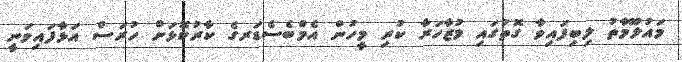
މައުލޫމާތު ލިބިފައިވާ ގޮތުގައި މުޒާހަރާ ކުރި މީހުން އެމްބެސެޑަރގެ ކާރުކޮޅަށް ހުރަސް އަޅާފައިވަނީ